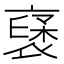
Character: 𮖥